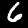
Digit: 6